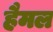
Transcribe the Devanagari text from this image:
हैमल